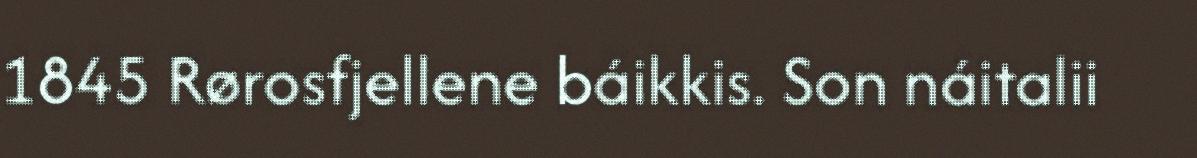
1845 Rørosfjellene báikkis. Son náitalii